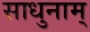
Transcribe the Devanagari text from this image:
साधुनाम्